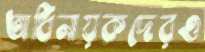
অধিনায়কদেরও